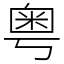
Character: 粤